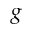
g